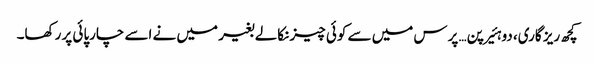
کچھ ریز گاری، دو ہئیرپن… پرس میں سے کوئی چیز نکالے بغیر میں نے اسے چارپائی پر رکھا۔